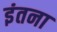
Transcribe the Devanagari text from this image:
इंतना